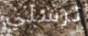
ترسلي